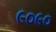
૯૦૯૦